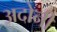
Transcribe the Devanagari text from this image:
अदोनी